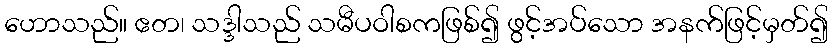
ဟောသည်။ ဧတ၊ သဒ္ဒါသည် သမီပဝါစကဖြစ်၍ ဖွင့်အပ်သော အနက်ဖြင့်မှတ်၍